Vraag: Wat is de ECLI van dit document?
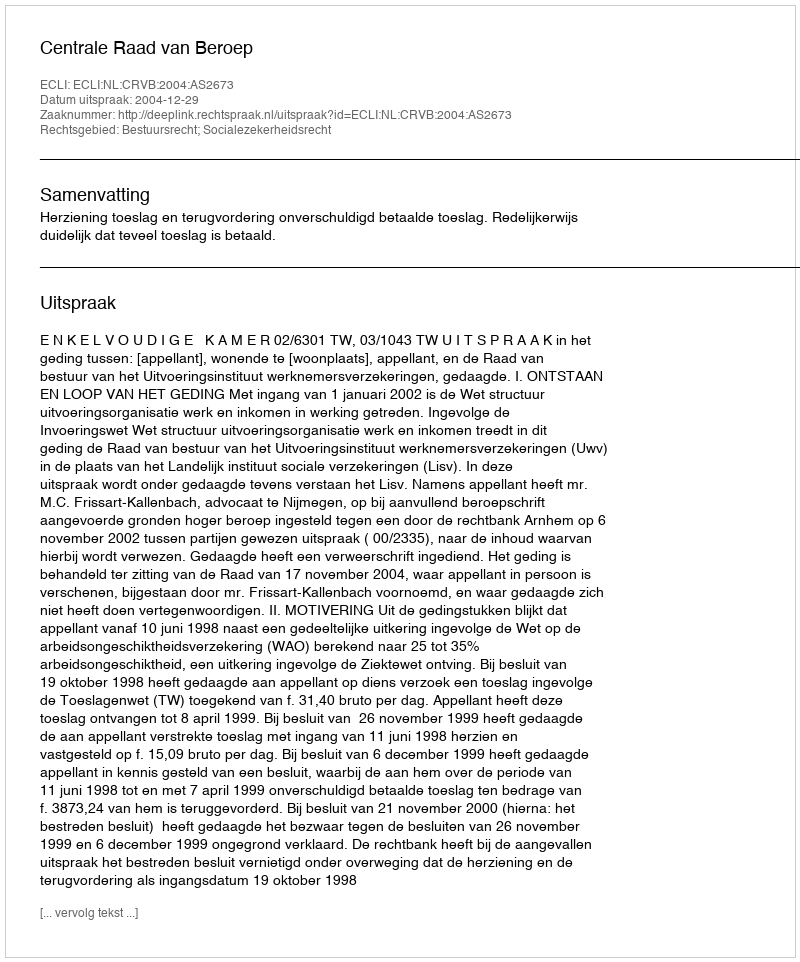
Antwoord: ECLI:NL:CRVB:2004:AS2673